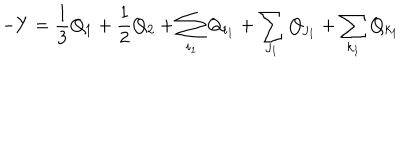
- Y = \frac { 1 } { 3 } Q _ { 1 } + \frac { 1 } { 2 } Q _ { 2 } + \sum _ { i _ { 1 } } Q _ { i _ { 1 } } + \sum _ { j _ { 1 } } Q _ { j _ { 1 } } + \sum _ { k _ { 1 } } Q _ { k _ { 1 } }